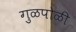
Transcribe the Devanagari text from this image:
गुळपोळी